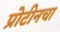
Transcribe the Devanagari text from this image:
प्रोटीनचा